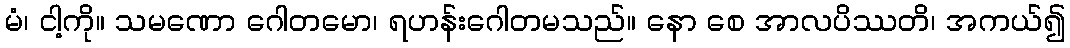
မံ၊ ငါ့ကို။ သမဏော ဂေါတမော၊ ရဟန်းဂေါတမသည်။ နော စေ အာလပိဿတိ၊ အကယ်၍